Senior Leaving Certificate Examination (including Day School Certificate (Higher) General paper), 1949
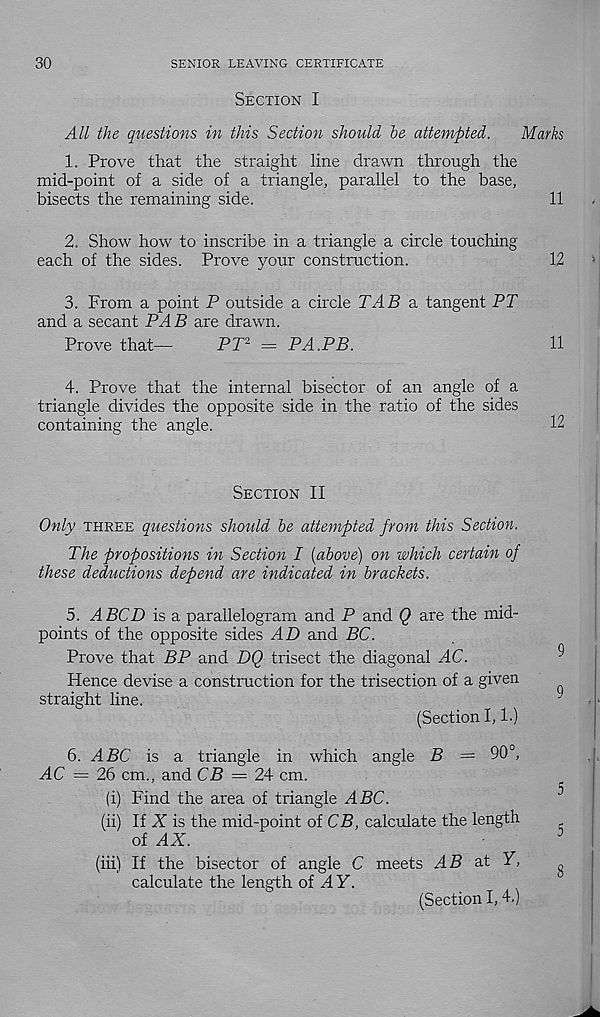
30
SENIOR LEAVING CERTIFICATE
Section I
All the questions in this Section should he attempted.
Marks
1. Prove that the straight line drawn through the
mid-point of a side of a triangle, parallel to the base,
bisects the remaining side.
11
2. Show how to inscribe in a triangle a circle touching
each of the sides. Prove your construction.
12
3. From a point P outside a circle TAB & tangent PT
and a secant PAB are drawn.
Prove that—
PT 2 = PA.PB.
11
4. Prove that the internal bisector of an angle of a
triangle divides the opposite side in the ratio of the sides
containing the angle.
12
Section II
Only three questions should he attempted from this Section.
The propositions in Section I [above) on which certain of
these deductions depend are indicated in brackets.
5. A BCD is a parallelogram and P and Q are the mid-
points of the opposite sides AD and BC.
Prove that BP and DQ trisect the diagonal AC.
Hence devise a construction for the trisectipn of a given
straight line.
(Section 1,1.)
6. ABC is a triangle in which angle B = 90°,
AC = 26 cm., and CB — 24 cm.
(i) Find the area of triangle ABC.
(ii) If
is the mid-point of CB, calculate the length
of AX.
(iii) If the bisector of angle C meets AB at Y,
calculate the length oi AY.
(Section I, 4.)